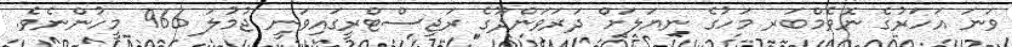
ވަނަ އަހަރުގެ ނޮވެމްބަރ މަހުގެ ނިޔަލަށް ދަރަވަންދޫގެ ރަޖިސްޓްރީގައިވަނީ ޖުމުލަ 966 މީހުންނެވެ.